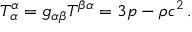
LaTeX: T _ { \, \alpha } ^ { \alpha } = g _ { \alpha \beta } T ^ { \beta \alpha } = 3 p - \rho c ^ { 2 } \, .